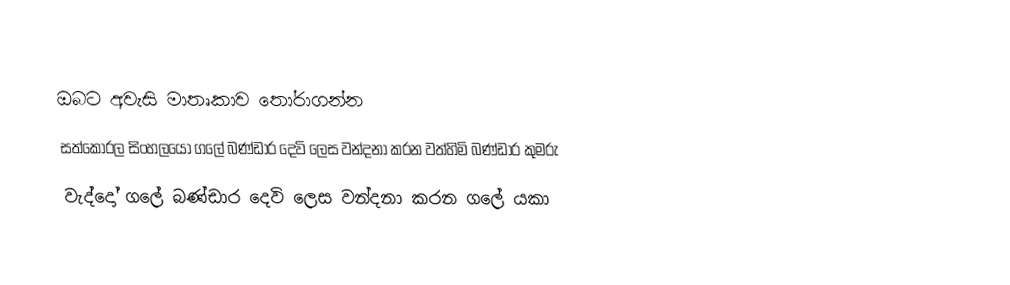
ඔබට අවැසි මාතෘකාව තෝරාගන්න
 සත්කෝරල සිංහලයෝ ගලේ බණ්ඩාර දෙවි ලෙස වන්දනා කරන වත්හිමි බණ්ඩාර කුමරු
 වැද්දෝ ගලේ බණ්ඩාර දෙවි ලෙස වන්දනා කරන ගලේ යකා